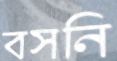
বসনি